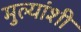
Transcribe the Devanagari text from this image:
मुल्यांशी